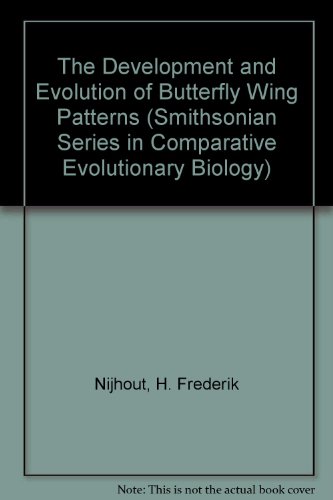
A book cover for DEV & EVOL BUTTERFLY WING (Smithsonian Series in Comparative Evolutionary Biology); NIJHOUT H FREDERIK; Sports & Outdoors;